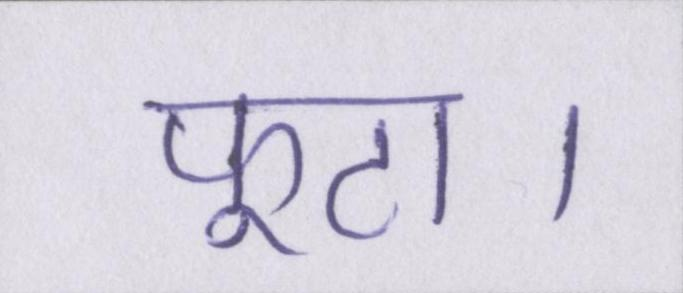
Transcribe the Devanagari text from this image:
फूटा।